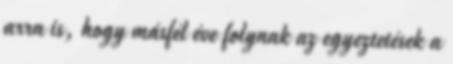
arra is, hogy másfél éve folynak az egyeztetések a